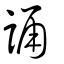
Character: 誦